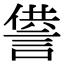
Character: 𧨻